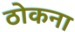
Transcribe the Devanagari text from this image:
ठोकना